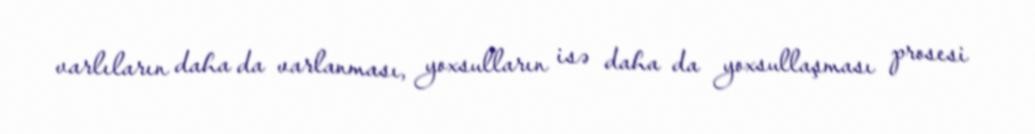
varlıların daha da varlanması, yoxsulların isə daha da yoxsullaşması prosesi